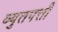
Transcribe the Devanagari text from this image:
व्युतपत्ती